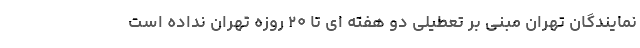
نمایندگان تهران مبنی بر تعطیلی دو هفته ای تا ۲۰ روزه تهران نداده است